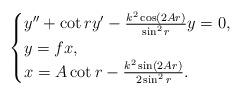
LaTeX: \begin{align*}\begin{cases}y''+\cot ry'-\frac{k^2\cos(2Ar)}{\sin^2r}y=0,\\y=fx,\\x=A\cot r-\frac{k^2\sin(2Ar)}{2\sin^2r}.\end{cases}\end{align*}